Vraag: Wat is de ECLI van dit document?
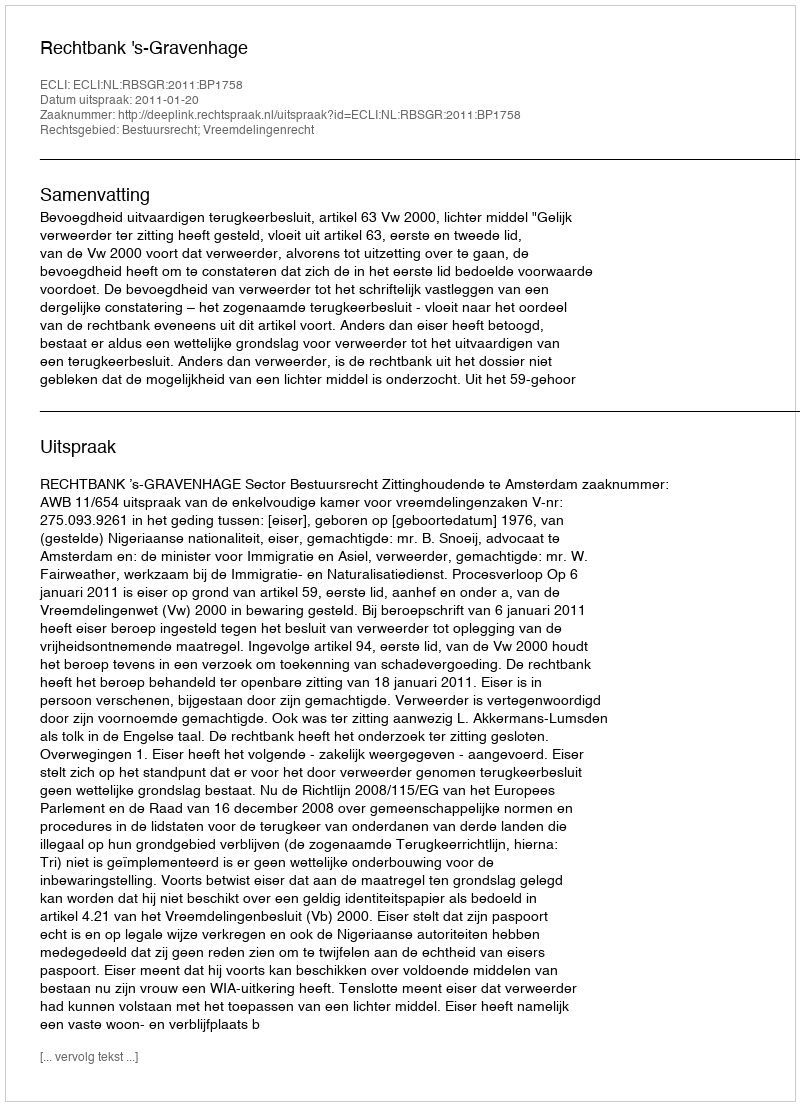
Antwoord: ECLI:NL:RBSGR:2011:BP1758